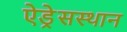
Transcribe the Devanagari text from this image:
ऐड्रेसस्थान